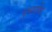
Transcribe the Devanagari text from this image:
घुमार्याच्या